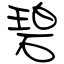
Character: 碧